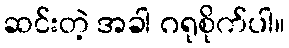
ဆင်းတဲ့ အခါ ဂရုစိုက်ပါ။